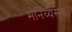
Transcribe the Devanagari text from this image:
मोनेय्यसुत्त